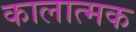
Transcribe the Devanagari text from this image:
कालात्मक